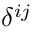
\delta ^ { i j }